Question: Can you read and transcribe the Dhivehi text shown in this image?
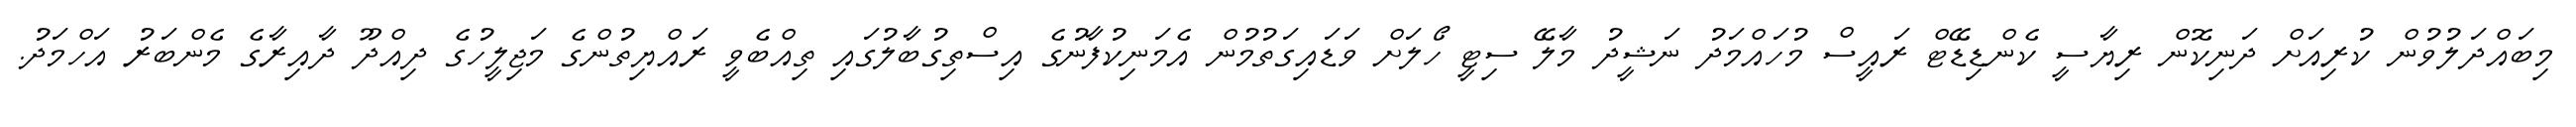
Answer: މިބައްދަލުވުން ކުރިއަށް ދަނިކޮން ރިޔާސީ ކެންޑިޑޭޓް ރައީސް މުހައްމަދު ނަޝީދު މާލޭ ސިޓީ ހޯލަށް ވަޑައިގަތުމުން އެމަނިކުފާނުގެ އިސްތިގުބާލުގައި ތިއްބެވީ ރައްޔިތުންގެ މަޖިލީހުގެ ދިއްދޫ ދާއިރާގެ މެންބަރު އަހްމަދު.